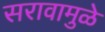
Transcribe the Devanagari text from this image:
सरावामुळे